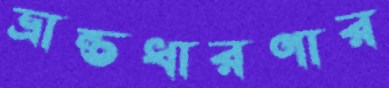
ভ্রান্তধারণার